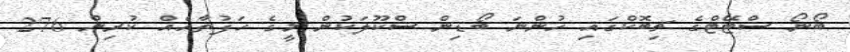
ބޯނޯ ސްޓޭޓްގެ ޗިބޮކްގައި ހުންނަ ބޯޑިން ސްކޫލަކުން މީގެ ހަފުތާއެއް ކުރިން 276